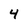
Character: 4